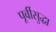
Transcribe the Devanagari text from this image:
पूर्वीसुद्धा